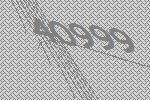
40999